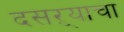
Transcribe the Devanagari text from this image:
दसऱ्याचा